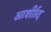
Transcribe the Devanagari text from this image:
आर्शीाद